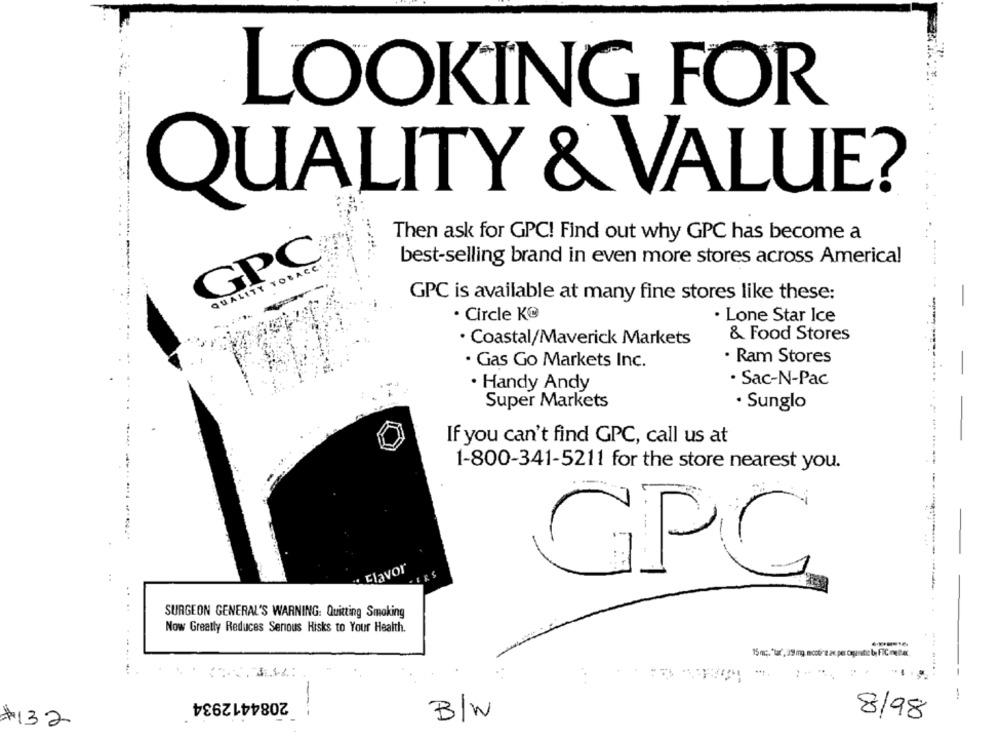
LOOKING FOR
QUALITY & VALUE?
Then ask for GPC! Find out why GPC has become a
GPC
QUALITY TOBACC
best-selling brand in even more stores across America!
GPC is available at many fine stores like these:
-
· Circle KG
· Lone Star Ice
---
· Coastal/Maverick Markets
& Food Stores
· Gas Go Markets Inc.
· Ram Stores
· Handy Andy
· Sac-N-Pac
Super Markets
· Sunglo
If you can't find GPC, call us at
1-800-341-5211 for the store nearest you.
Elavor
GPC
SURGEON GENERAL'S WARNING: Quitting Smoking
Now Greatly Reduces Senous Hisks to Your Health.
15 mc. "tar, 39 mg, mcotire av. per cagenetic by FIC melhor
--
2084412934
-
---
B/W
8/98
#132